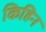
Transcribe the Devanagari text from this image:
किहिन